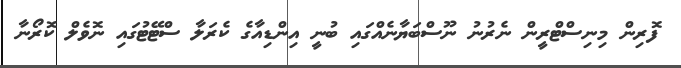
ފޮރިން މިނިސްޓްރީން ނެރުނު ނޫސްބަޔާނެއްގައި ބުނީ އިންޑިއާގެ ކެރަލާ ސްޓޭޓުގައި ނޮވެލް ކޮރޯނާ